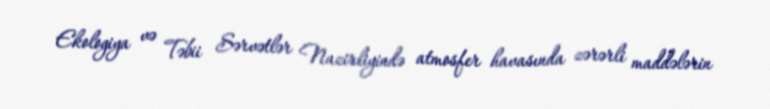
Ekologiya və Təbii Sərvətlər Nazirliyində atmosfer havasında zərərli maddələrin